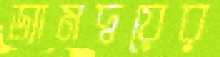
ড্যামদ্বয়ের